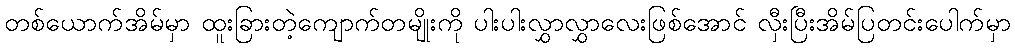
တစ်ယောက်အိမ်မှာ ထူးခြားတဲ့ကျောက်တမျိုးကို ပါးပါးလွှာလွှာလေးဖြစ်အောင် လှီးပြီးအိမ်ပြတင်းပေါက်မှာ